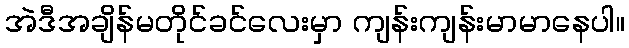
အဲဒီအချိန်မတိုင်ခင်လေးမှာ ကျန်းကျန်းမာမာနေပါ။